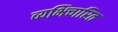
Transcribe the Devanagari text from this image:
व्यभिचारित